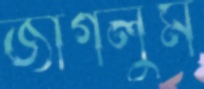
জাগলুম